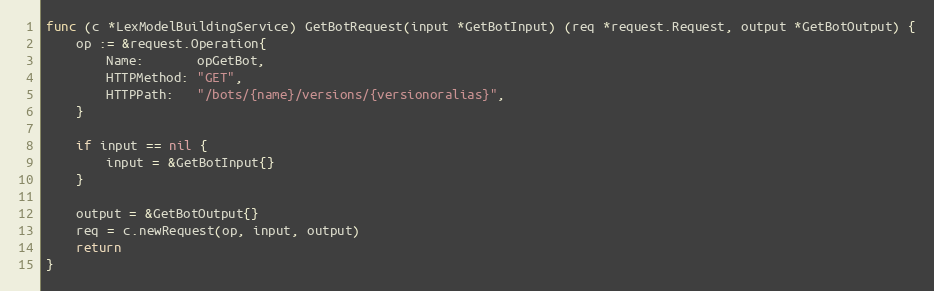
Language: Go
func (c *LexModelBuildingService) GetBotRequest(input *GetBotInput) (req *request.Request, output *GetBotOutput) {
	op := &request.Operation{
		Name:       opGetBot,
		HTTPMethod: "GET",
		HTTPPath:   "/bots/{name}/versions/{versionoralias}",
	}

	if input == nil {
		input = &GetBotInput{}
	}

	output = &GetBotOutput{}
	req = c.newRequest(op, input, output)
	return
}